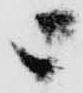
ニ